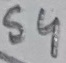
Text: S4